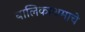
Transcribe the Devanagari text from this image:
बालिकाश्रमाचे